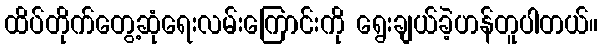
ထိပ်တိုက်တွေ့ဆုံရေးလမ်းကြောင်းကို ရွေးချယ်ခဲ့ဟန်တူပါတယ်။